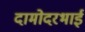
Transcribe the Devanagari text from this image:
दामोदरभाई